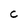
Character: C